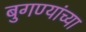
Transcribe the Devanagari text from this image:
बुगण्यांच्या